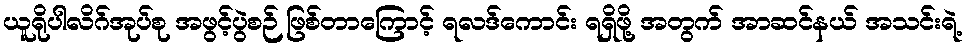
ယူရိုပါလိဂ်အုပ်စု အဖွင့်ပွဲစဉ် ဖြစ်တာကြောင့် ရလဒ်ကောင်း ရရှိဖို့ အတွက် အာဆင်နယ် အသင်းရဲ့